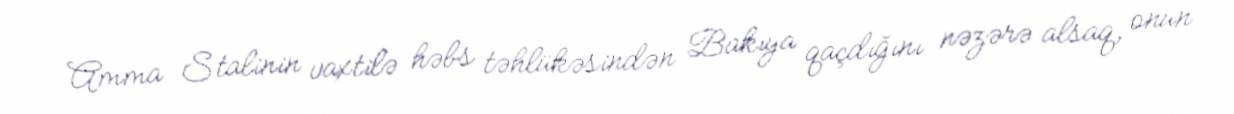
Amma Stalinin vaxtilə həbs təhlükəsindən Bakıya qaçdığını nəzərə alsaq, onun